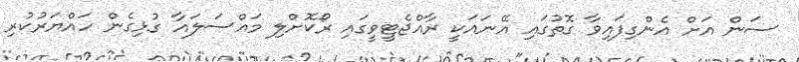
ސަން އަށް އެންގިފައިވާ ގޮތުގައި އޭނައަކީ ރާއްޖެޓީވީގައި ރޯކޮށްލި މައްސަލައާ ގުޅިގެން ހައްޔަރުކުރި